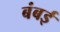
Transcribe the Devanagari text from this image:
बंबर्इ